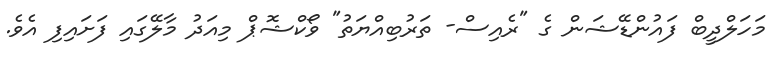
މަހަލްދީބް ފައުންޑޭޝަން ގެ "ރެއިސް- ތަރުބިއްޔަތު" ވޯކްޝޮޕް މިއަދު މާލޭގައި ފަށައިފި އެވެ.